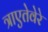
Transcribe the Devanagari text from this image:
त्राएतेवेरे